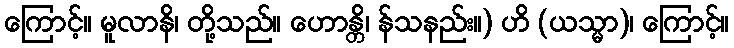
ကြောင့်။ မူလာနိ၊ တို့သည်။ ဟောန္တိ၊ န်သနည်း။) ဟိ (ယသ္မာ)၊ ကြောင့်။